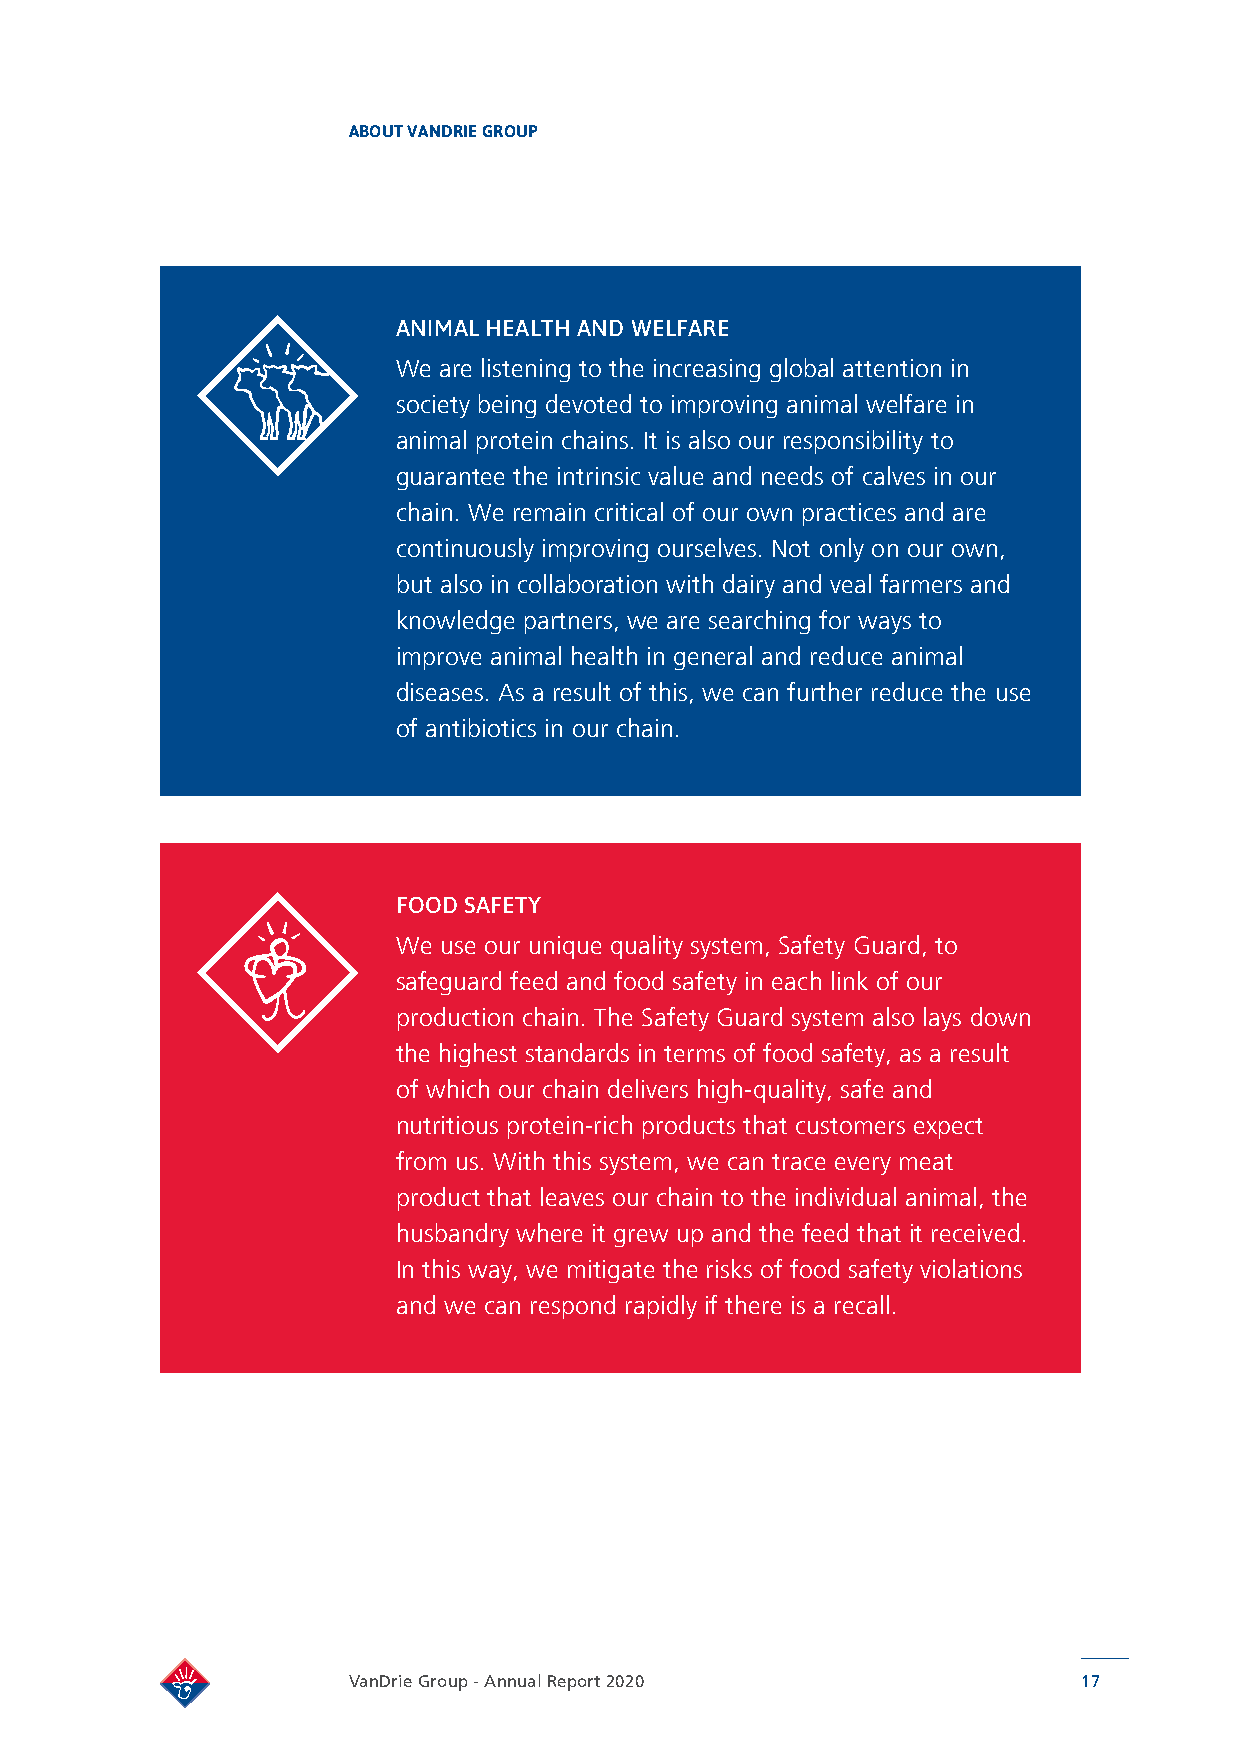
ABOUT VANDRIE GROUP
 ANIMAL HEALTH AND WELFARE
 We are listening to the increasing global attention in
 society being devoted to improving animal welfare in
 animal protein chains. It is also our responsibility to
 guarantee the intrinsic value and needs of calves in our
 chain. We remain critical of our own practices and are
 continuously improving ourselves. Not only on our own,
 but also in collaboration with dairy and veal farmers and
 knowledge partners, we are searching for ways to
 improve animal health in general and reduce animal
 diseases. As a result of this, we can further reduce the use
 of antibiotics in our chain.
 FOOD SAFETY
 We use our unique quality system, Safety Guard, to
 safeguard feed and food safety in each link of our
 production chain. The Safety Guard system also lays down
 the highest standards in terms of food safety, as a result
 of which our chain delivers high-quality, safe and
 nutritious protein-rich products that customers expect
 from us. With this system, we can trace every meat
 product that leaves our chain to the individual animal, the
 husbandry where it grew up and the feed that it received.
 In this way, we mitigate the risks of food safety violations
 and we can respond rapidly if there is a recall.
 VanDrie Group - Annual Report 2020               17